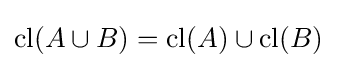
\operatorname {cl} (A\cup B)=\operatorname {cl} (A)\cup \operatorname {cl} (B)